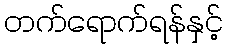
တက်ရောက်ရန်နှင့်